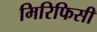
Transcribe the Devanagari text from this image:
मिरिफिसी